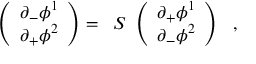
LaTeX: \left( \begin{array} { l } { { \partial _ { - } \phi ^ { 1 } } } \\ { { \partial _ { + } \phi ^ { 2 } } } \end{array} \right) = \; \; S \; \left( \begin{array} { l } { { \partial _ { + } \phi ^ { 1 } } } \\ { { \partial _ { - } \phi ^ { 2 } } } \end{array} \right) \ \ ,